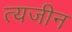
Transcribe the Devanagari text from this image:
त्यजीन